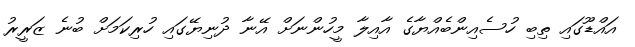
އައްޑޫގައި ތިބި ހުސެއިންބެއްޔާގެ އާއިލާ މީހުންނަށް އޭނާ ދުނިޔޭގައި ހުރިކަމަށް ބުނެ ޒަރީރު